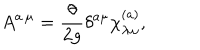
A ^ { a \, \mu } = \frac { \theta } { 2 g } \delta ^ { a \mu } \chi _ { \lambda \omega } ^ { ( a ) } ,